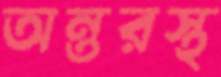
অন্তরস্থ